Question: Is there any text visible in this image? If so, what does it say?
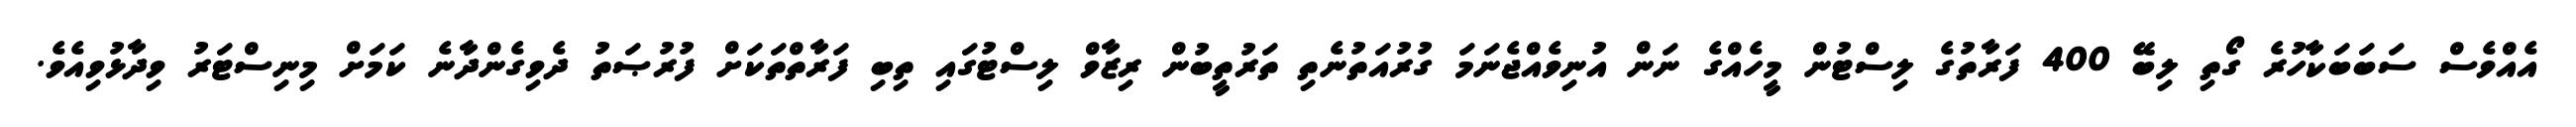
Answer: އެއްވެސް ސަބަބަކާހުރެ ގޯތި ލިބޭ 400 ފަރާތުގެ ލިސްޓުން މީހެއްގެ ނަން އުނިވެއްޖެނަމަ ގުރުއަތުނެތި ތަރުތީބުން ރިޒާވް ލިސްޓުގައި ތިބި ފަރާތްތަކަށް ފުރުޞަތު ދެވިގެންދާނެ ކަމަށް މިނިސްޓަރު ވިދާޅުވިއެވެ.